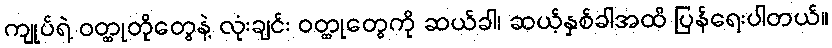
ကျုပ်ရဲ့ ဝတ္ထုတိုတွေနဲ့ လုံးချင်း ဝတ္ထုတွေကို ဆယ်ခါ၊ ဆယ့်နှစ်ခါအထိ ပြန်ရေးပါတယ်။